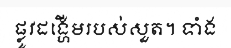
ផ្លូវដង្ហើមរបស់សួត។ ទាំង